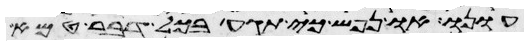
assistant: עונו או נפש כי תגע בכל דבר טמא